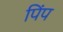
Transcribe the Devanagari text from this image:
पिंप